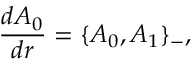
\frac { d A _ { 0 } } { d r } = \{ A _ { 0 } , A _ { 1 } \} _ { - } ,